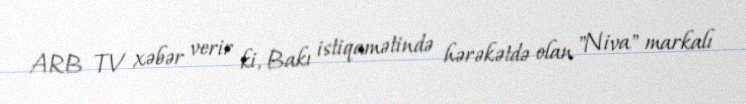
ARB TV xəbər verir ki, Bakı istiqamətində hərəkətdə olan "Niva" markalı